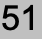
51